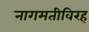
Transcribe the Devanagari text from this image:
नागमतीविरह